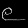
Digit: ၉